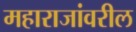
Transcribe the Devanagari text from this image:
महाराजांवरील